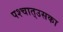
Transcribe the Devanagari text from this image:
पश्‍चात्‌उसका